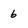
Character: 6